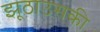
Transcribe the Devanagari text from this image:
झूठाउसकी